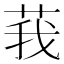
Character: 莪